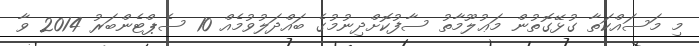
މި މަސައްކަތާ ގުޅޭގޮތުން މަޢުލޫމާތު ސާފުކޮށްދިނުމުގެ ބައްދަލުވުމެއް 10 ސެޕްޓެންބަރު 2014 ވާ